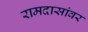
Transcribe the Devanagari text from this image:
रामदासांवर